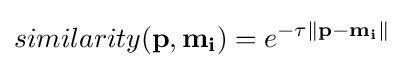
similarity(\mathbf {p,m_{i}} )=e^{-\tau \left\Vert \mathbf {p-m_{i}} \right\|}